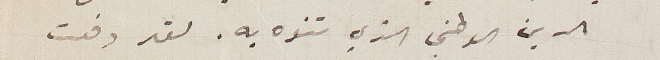
الدين الوطني الذي تنوه به. لقد دفعت